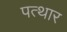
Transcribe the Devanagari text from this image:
पत्थार